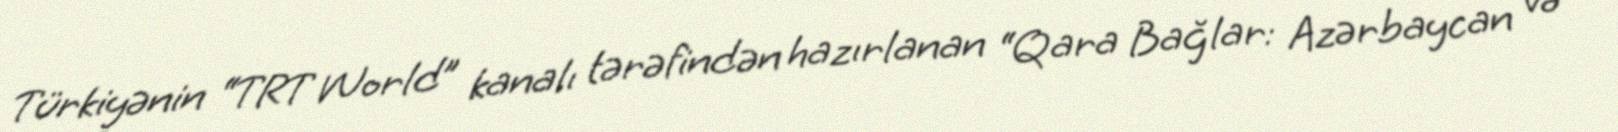
Türkiyənin “TRT World” kanalı tərəfindən hazırlanan “Qara Bağlar: Azərbaycan və